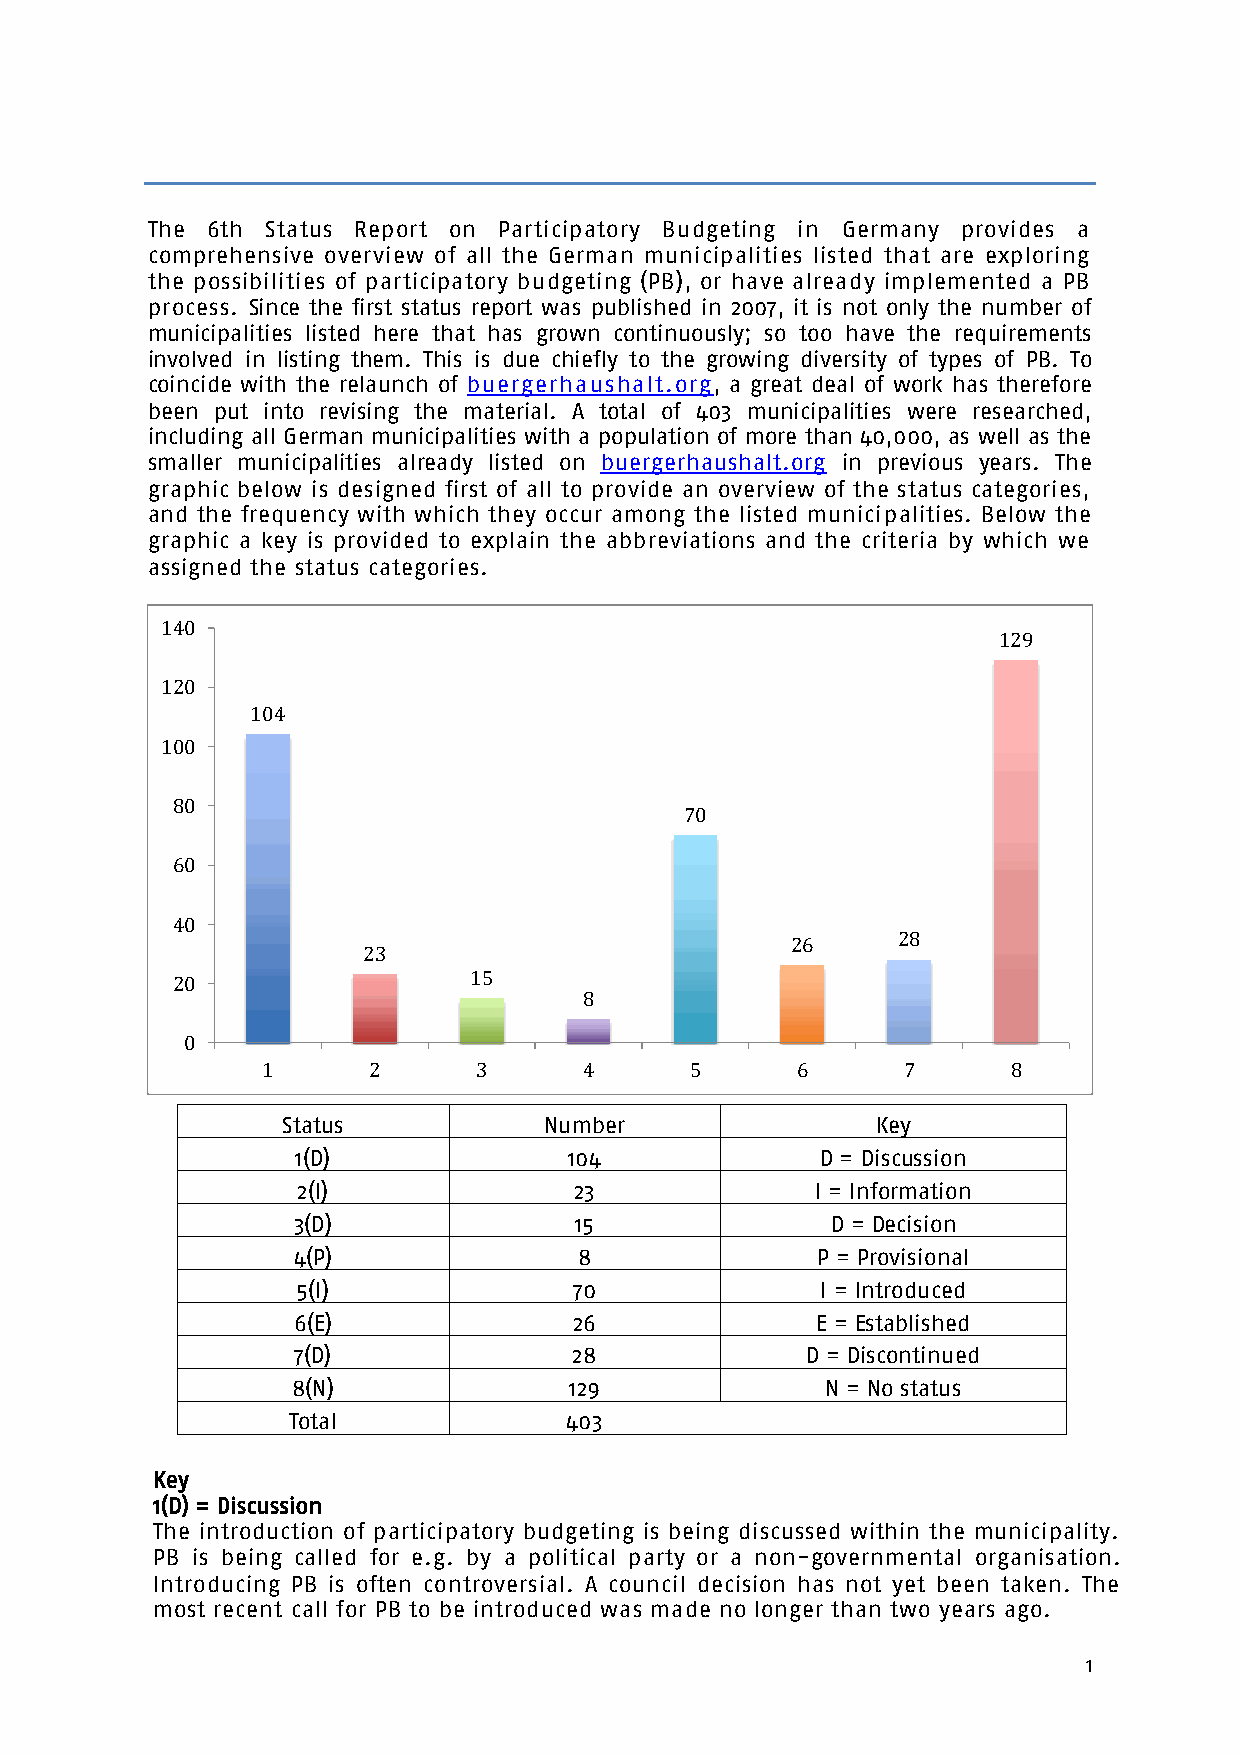
The 6th Status Report on Participatory Budgeting in Germany provides a
 comprehensive overview of all the German municipalities listed that are exploring
 the possibilities of participatory budgeting (PB), or have already implemented a PB
 process. Since the first status report was published in 2007, it is not only the number of
 municipalities listed here that has grown continuously; so too have the requirements
 involved in listing them. This is due chiefly to the growing diversity of types of PB. To
 coincide with the relaunch of buergerhaushalt.org, a great deal of work has therefore
 been put into revising the material. A total of 403 municipalities were researched,
 including all German municipalities with a population of more than 40,000, as well as the
 smaller municipalities already listed on buergerhaushalt.org in previous years. The
 graphic below is designed first of all to provide an overview of the status categories,
 and the frequency with which they occur among the listed municipalities. Below the
 graphic a key is provided to explain the abbreviations and the criteria by which we
 assigned the status categories.
 140
 129
 120
 104
 100
 80
 70
 60
 40
 26     28
 23
 20                  15
 8
 0
 1      2       3      4      5      6      7      8
 Status           Number                Key
 1(D)              104             D = Discussion
 2(I)              23              I = Information
 3(D)               15               D = Decision
 4(P)               8               P = Provisional
 5(I)              70              I = Introduced
 6(E)               26              E = Established
 7(D)               28             D = Discontinued
 8(N)               129              N = No status
 Total             403
 Key
 1(D) = Discussion
 The introduction of participatory budgeting is being discussed within the municipality.
 PB is being called for e.g. by a political party or a non-governmental organisation.
 Introducing PB is often controversial. A council decision has not yet been taken. The
 most recent call for PB to be introduced was made no longer than two years ago.
 1